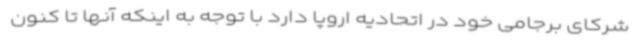
شرکای برجامی خود در اتحادیه اروپا دارد با توجه به اینکه آنها تا کنون